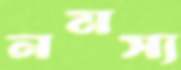
নমস্য